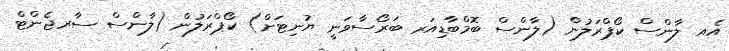
އެއ ލާންސް ކޯޕްރަލުން (ލާންސް ބޮމްބާޑިއަރ ބަރޯސާވަނީ ޔުނިޓަށް) ކޯޕްރަލުން (ލާންސް ސާރޖެންޓް